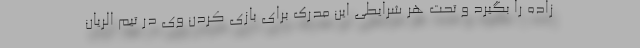
زاده را بگیرد و تحت هر شرایطی این مدرک برای بازی کردن وی در تیم الریان